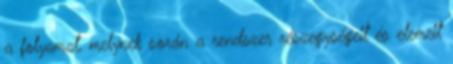
a folyamat, melynek során a rendszer részegységeit és elemeit